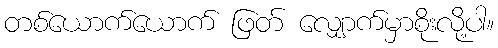
တစ်ယောက်ယောက် ဖြတ် လျှောက်မှာစိုးလို့ပါ။